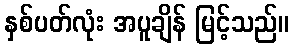
နှစ်ပတ်လုံး အပူချိန် မြင့်သည်။